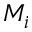
M _ { i }